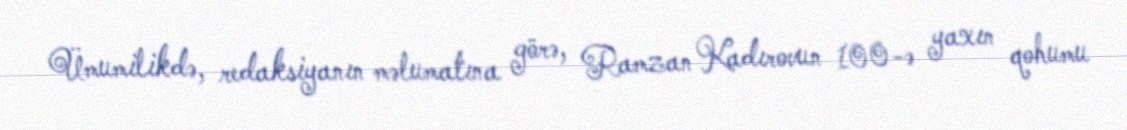
Ümumilikdə, redaksiyanın məlumatına görə, Ramzan Kadırovun 100-ə yaxın qohumu